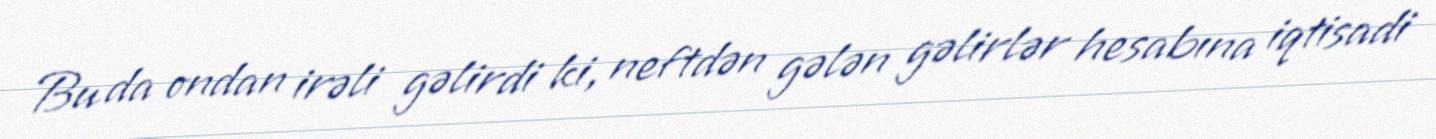
Bu da ondan irəli gəlirdi ki, neftdən gələn gəlirlər hesabına iqtisadi